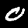
Label: 0